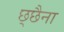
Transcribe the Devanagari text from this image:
छ्छैना